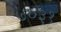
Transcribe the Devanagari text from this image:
७०३१